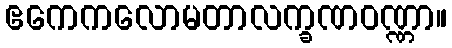
ဧကေကလောမတာလက္ခဏဝဏ္ဏာ။